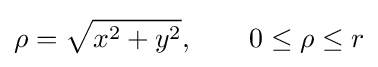
\rho ={\sqrt {x^{2}+y^{2}}},\qquad 0\leq \rho \leq r